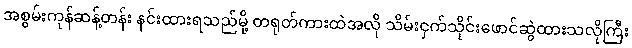
အစွမ်းကုန်ဆန့်တန်း နင်းထားရသည်မို့ တရုတ်ကားထဲအလို သိမ်းငှက်သိုင်းဖောင်ဆွဲထားသလိုကြီး